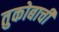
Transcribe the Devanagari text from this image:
तुकोबाची